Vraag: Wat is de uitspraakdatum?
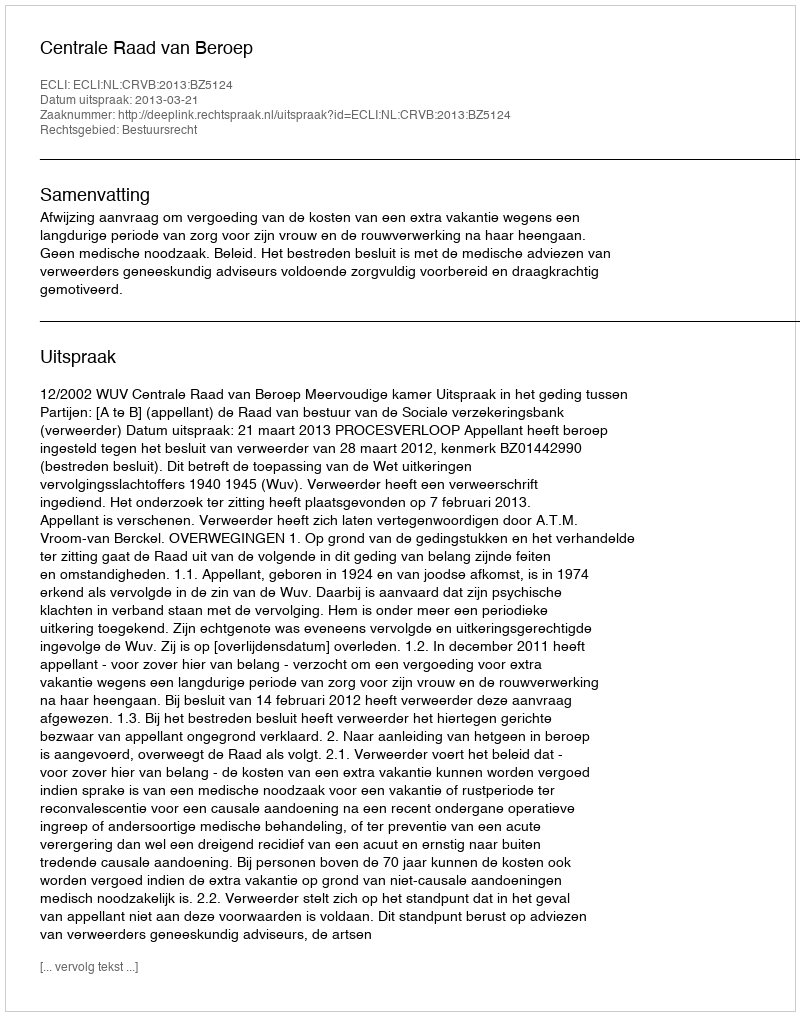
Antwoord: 2013-03-21